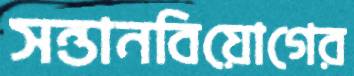
সন্তানবিয়োগের